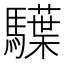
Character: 𩦭